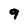
Character: 9